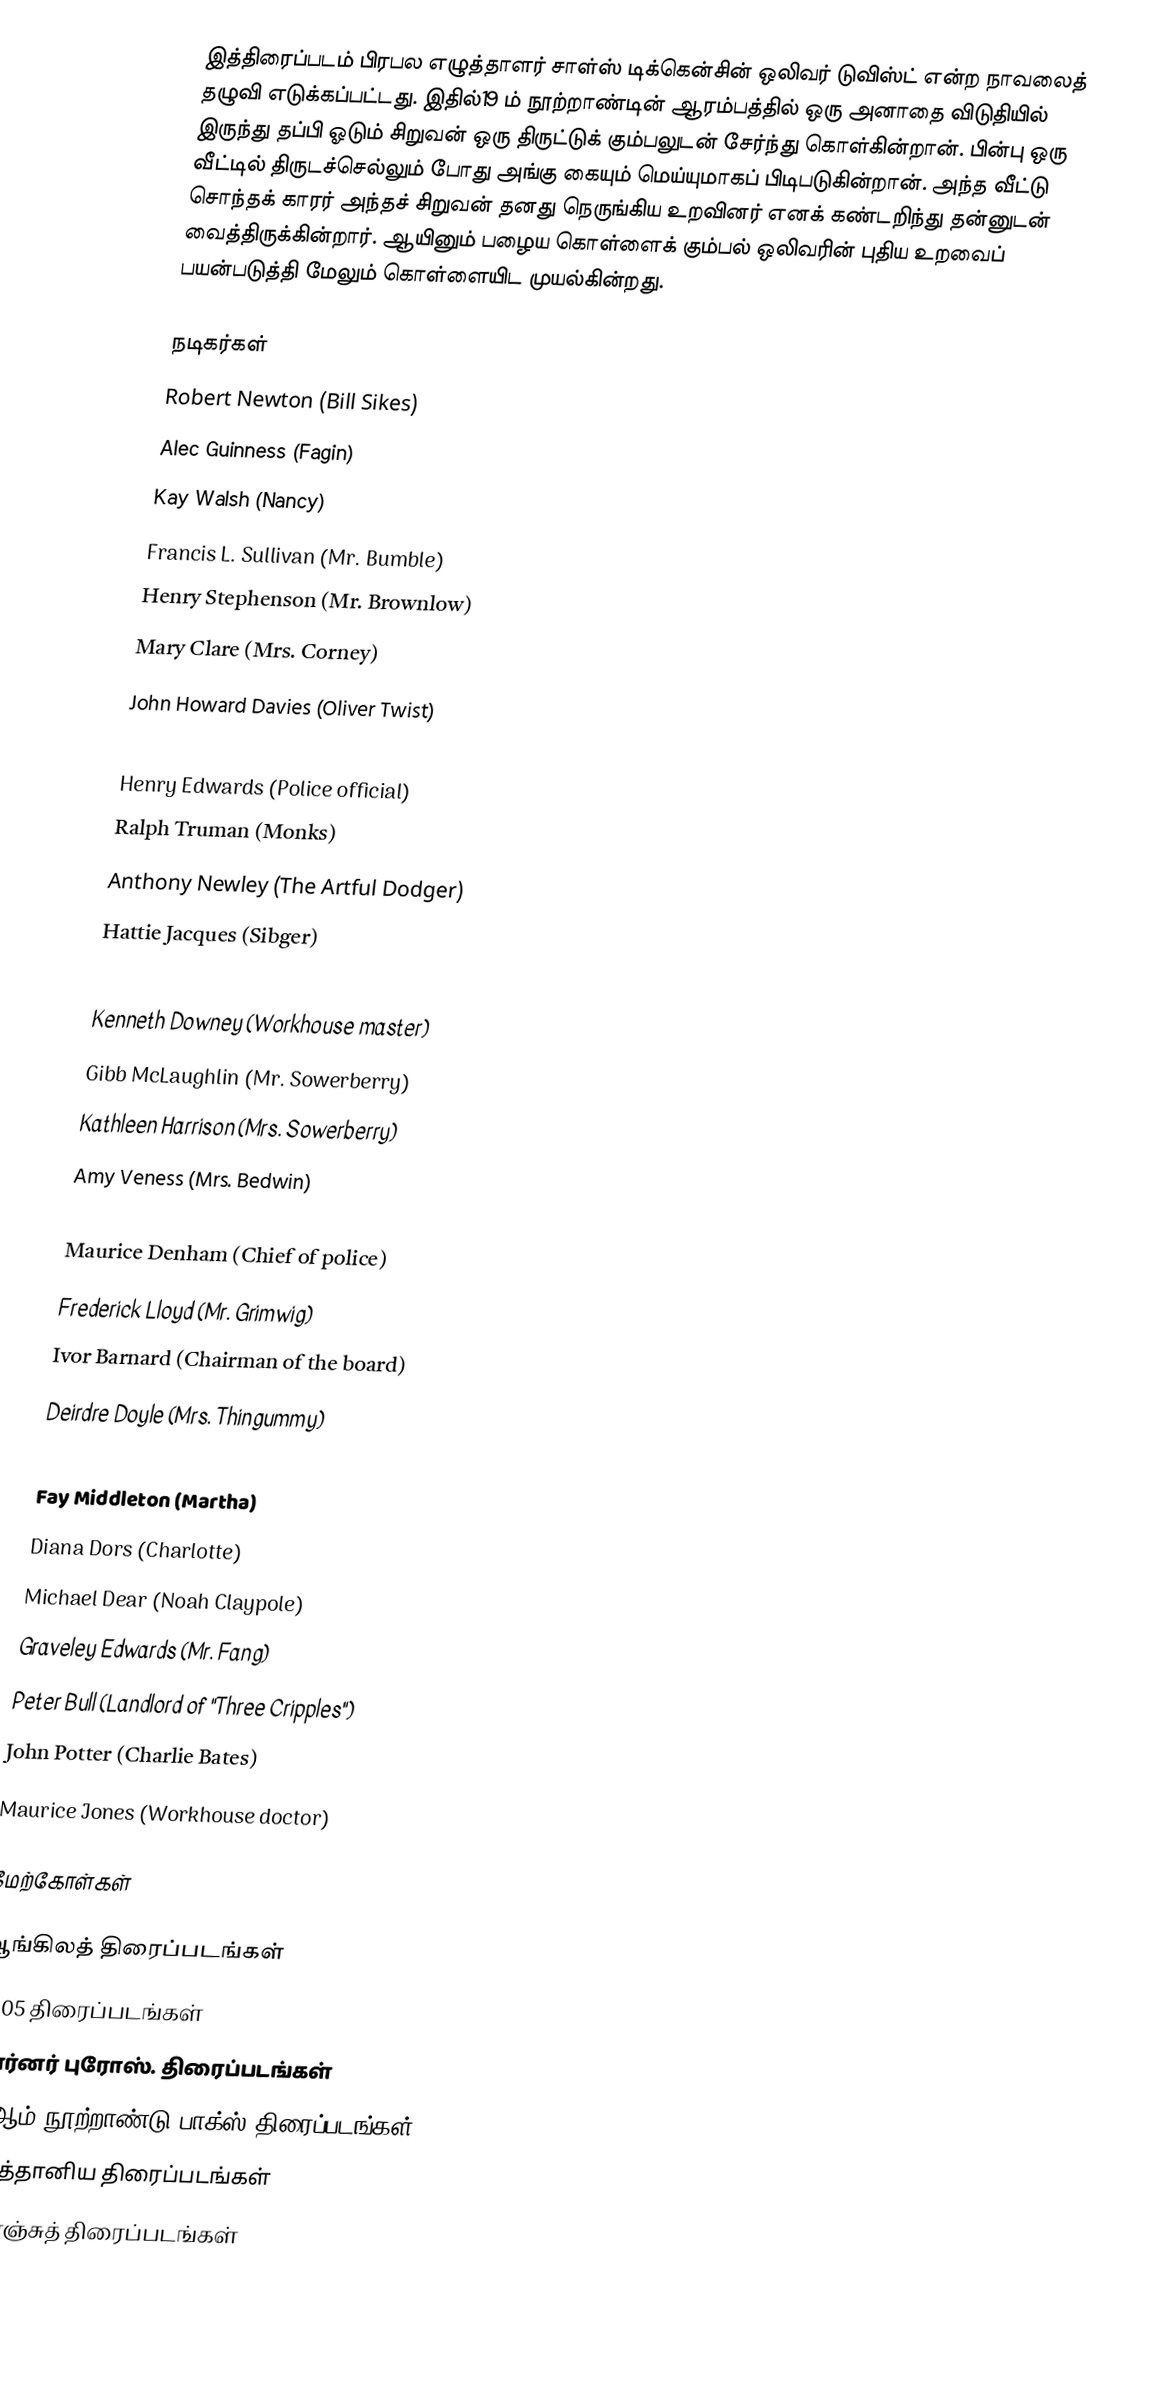
இத்திரைப்படம் பிரபல எழுத்தாளர் சாள்ஸ் டிக்கென்சின் ஒலிவர் டுவிஸ்ட் என்ற நாவலைத் தழுவி எடுக்கப்பட்டது. இதில்19 ம் நூற்றாண்டின் ஆரம்பத்தில் ஒரு அனாதை விடுதியில் இருந்து தப்பி ஓடும் சிறுவன் ஒரு திருட்டுக் கும்பலுடன் சேர்ந்து கொள்கின்றான். பின்பு ஒரு வீட்டில் திருடச்செல்லும் போது அங்கு கையும் மெய்யுமாகப் பிடிபடுகின்றான். அந்த வீட்டு சொந்தக் காரர் அந்தச் சிறுவன் தனது நெருங்கிய உறவினர் எனக் கண்டறிந்து தன்னுடன் வைத்திருக்கின்றார். ஆயினும் பழைய கொள்ளைக் கும்பல் ஒலிவரின் புதிய உறவைப் பயன்படுத்தி மேலும் கொள்ளையிட முயல்கின்றது.

நடிகர்கள்
 Robert Newton (Bill Sikes)
 Alec Guinness (Fagin)
 Kay Walsh (Nancy)
 Francis L. Sullivan (Mr. Bumble)
 Henry Stephenson (Mr. Brownlow)
 Mary Clare (Mrs. Corney)
 John Howard Davies (Oliver Twist)
 Josephine Stuart (Oliver's mother)
 Henry Edwards (Police official)
 Ralph Truman (Monks)
 Anthony Newley (The Artful Dodger)
 Hattie Jacques (Sibger)
 Betty Paul (Sibger)
 Kenneth Downey (Workhouse master)
 Gibb McLaughlin (Mr. Sowerberry)
 Kathleen Harrison (Mrs. Sowerberry)
 Amy Veness (Mrs. Bedwin)
 W.G. Fay (Bookseller)
 Maurice Denham (Chief of police)
 Frederick Lloyd (Mr. Grimwig)
 Ivor Barnard (Chairman of the board)
 Deirdre Doyle (Mrs. Thingummy)
 Edie Martin (Annie)
 Fay Middleton (Martha)
 Diana Dors (Charlotte)
 Michael Dear (Noah Claypole)
 Graveley Edwards (Mr. Fang)
 Peter Bull (Landlord of "Three Cripples")
 John Potter (Charlie Bates)
 Maurice Jones (Workhouse doctor)

மேற்கோள்கள்

ஆங்கிலத் திரைப்படங்கள்
2005 திரைப்படங்கள்
வார்னர் புரோஸ். திரைப்படங்கள்
20 ஆம் நூற்றாண்டு பாக்ஸ் திரைப்படங்கள்
பிரித்தானிய திரைப்படங்கள்
பிரெஞ்சுத் திரைப்படங்கள்